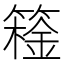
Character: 𬕮